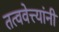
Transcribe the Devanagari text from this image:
तत्ववेत्त्यांनी